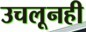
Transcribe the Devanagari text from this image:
उचलूनही